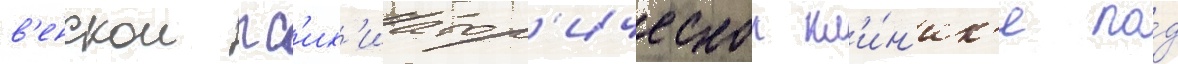
в'енскои пс'их'иатр'ическои кл'и́н'ик'е по́д